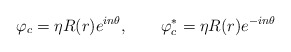
\begin{align*}\varphi_c=\eta R(r) e^{in\theta}, \qquad\varphi_c^\ast =\eta R(r) e^{-in\theta}\end{align*}